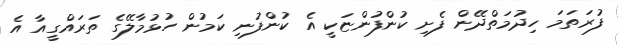
ފުރަތަމަ ހިދުމަތްދޭން ފެށި ކުންފުންޏަކީ އެ ކުންފުނި ކަމުން ހުޅުމާލޭގެ ތަރައްގީއާ އެ